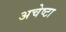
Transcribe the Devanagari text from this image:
अचेष्टा